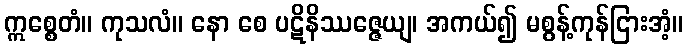
ဣစ္စေတံ။ ကုသလံ။ နော စေ ပဋိနိဿဇ္ဇေယျ၊ အကယ်၍ မစွန့်ကုန်ငြားအံ့။